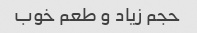
حجم زیاد و طعم خوب